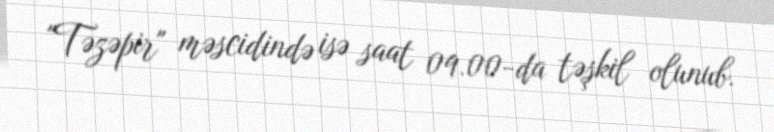
"Təzəpir" məscidində isə saat 09.00-da təşkil olunub.